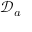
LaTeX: { \mathcal { D } } _ { a }